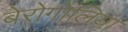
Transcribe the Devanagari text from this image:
बेरोगोलिया